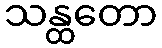
သန္ထတော